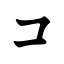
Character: コ